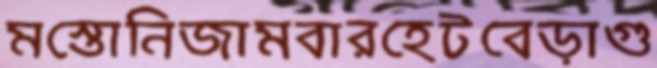
মস্তোনিজামবারহেটবেড়াগু